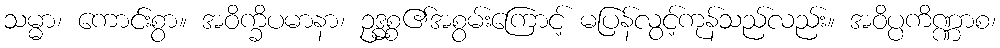
သမ္မာ၊ ကောင်းစွာ။ အဝိက္ခိပမာနာ၊ ဥဒ္ဓစ္စ၏အစွမ်းကြောင့် မပြန်လွင့်ကုန်သည်လည်း။ အဝိပ္ပကိဏ္ဏာစ၊